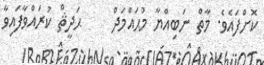
ކޮށްފައެވެ. މާތް ނަބިއްޔާ މުޙައްމަދް     ޙަދީޘް ކުރައްވާފައިވާ